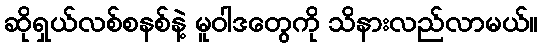
ဆိုရှယ်လစ်စနစ်နဲ့ မူဝါဒတွေကို သိနားလည်လာမယ်။